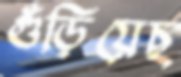
গুঁড়িয়েছ